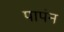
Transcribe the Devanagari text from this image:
पापंन